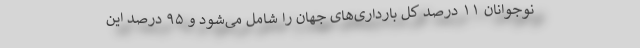
نوجوانان ۱۱ درصد کل بارداری‌های جهان را شامل می‌شود و ۹۵ درصد این